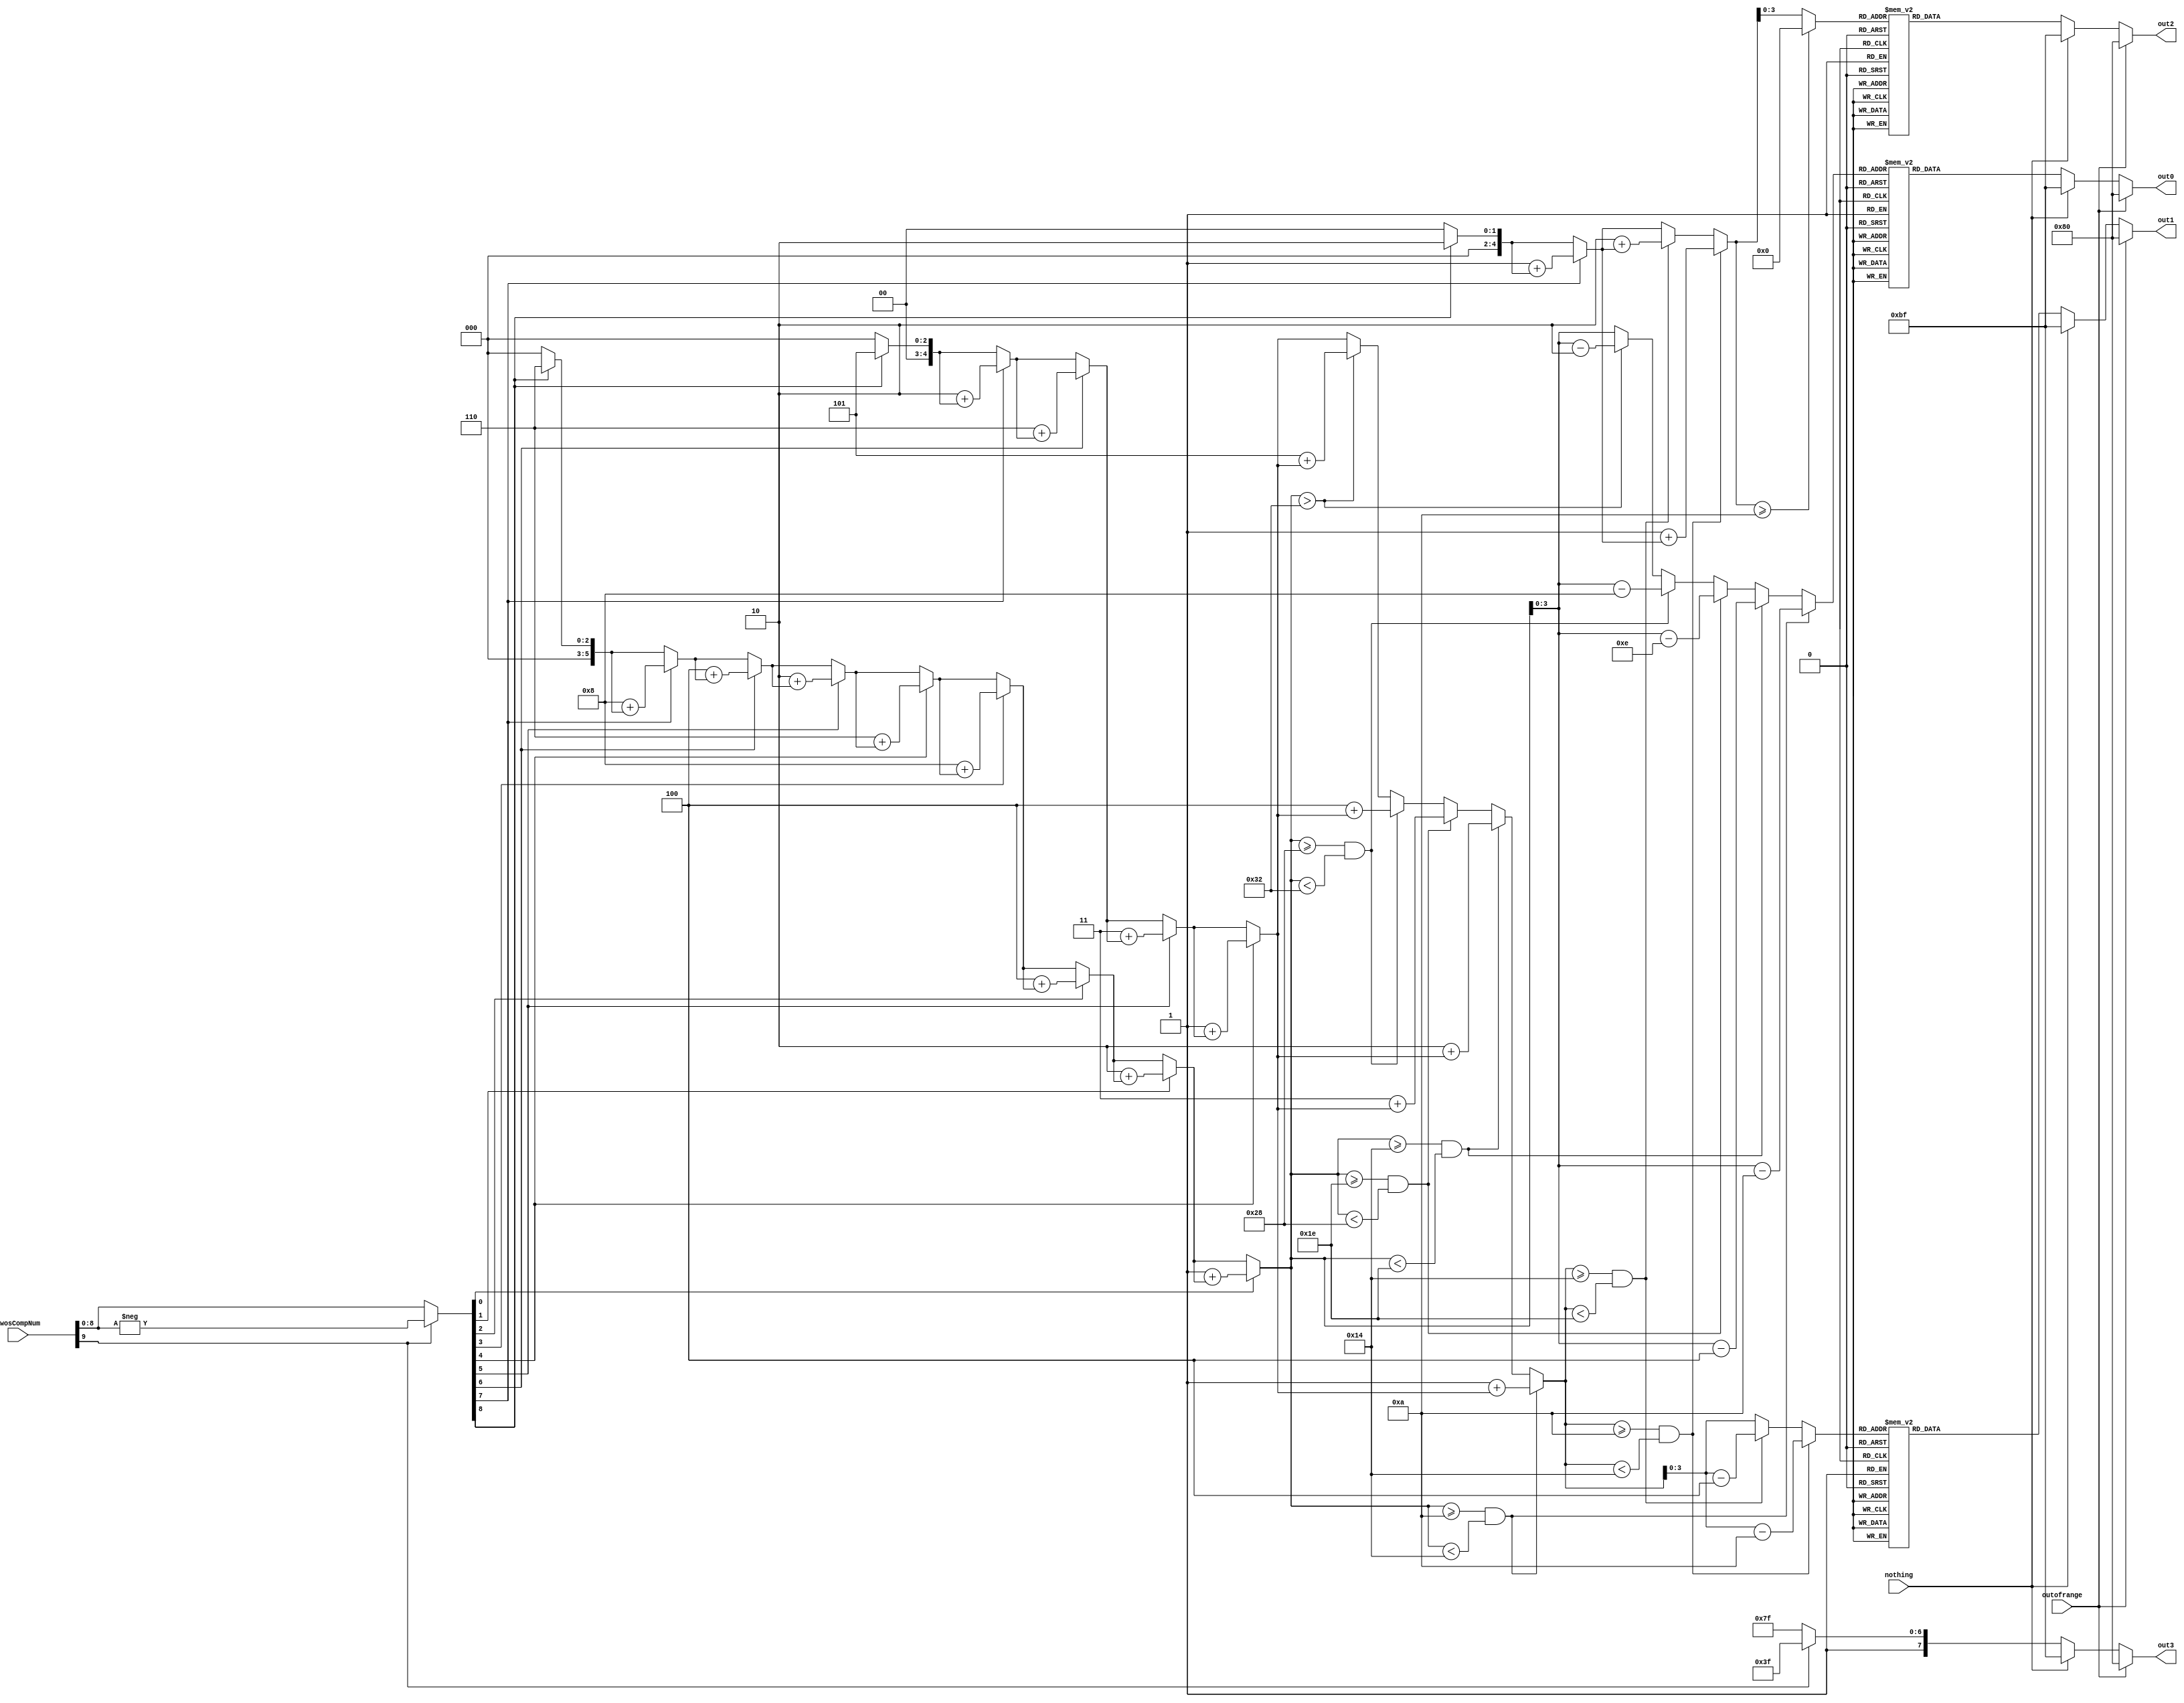
module BCDConverter(

	

	input						[9:0]	twosCompNum,
	input								nothing,
	input								outofrange,
	
	///////////////HEX/////////////////////
	output		     reg [7:0]		out0,
	output		     reg [7:0]		out1,
	output		     reg [7:0]		out2,
	output		     reg [7:0]		out3
);



//=======================================================
//  REG/WIRE declarations
//=======================================================
reg [4:0] hundreds; reg [3:0] hundreds2;
//reg [4:0] hundredsComp; // The negative digit, not needed, negative sign accounts for it
reg [4:0] tens; reg [3:0] tens2;
reg [5:0] ones; reg [3:0] ones2; // These are all 5 bits so as to be able to carry overflow
reg [9:0] twosCompNum2;

always @(*) begin
	out3 = 8'b10111111;
	out2 = 8'b10111111;
	out1 = 8'b10111111;
	out0 = 8'b10111111;
	hundreds = 5'b00000;
	tens = 5'b00000;
	ones = 5'b00000;
	twosCompNum2 = 10'b0000000000;
	
	if (twosCompNum[9] == 1'b1) begin //if 512 bit, make 2's complement of number. Otherwise, keep as is.
		out3 = 8'b10111111;
		twosCompNum2 = -twosCompNum;
	end else begin
		out3 = 8'b11111111;
		twosCompNum2 = twosCompNum;
	end

	#100
	if (twosCompNum2[8] == 1'b1) begin // If 256 bit, Add 2 to hundreds, 5 to tens, and 6 to ones
		hundreds = 5'b00010 + hundreds;
		tens = 5'b00101 + tens;
		ones = 6'b000110 + ones;
	end
	
	#100
	if (twosCompNum2[7] == 1'b1) begin // If 128 bit, add 1 to hundreds, 2 to tens, and 8 to ones
		hundreds = 5'b00001 + hundreds;
		tens = 5'b00010 + tens;
		ones = 6'b001000 + ones;
	end
	
	#100
	if (twosCompNum2[6] == 1'b1) begin // If 64 bit, add 6 to tens, and 4 to ones
		tens = 5'b00110 + tens;
		ones = 6'b000100 + ones;
	end
	#100
	if (twosCompNum2[5] == 1'b1) begin // If 32 bit, add 3 to tens, and 2 to ones
		tens = 5'b00011 + tens;
		ones  = 6'b000010 + ones;
	end
	#100
	if (twosCompNum2[4] == 1'b1) begin // if 16 bit, add 1 to tens, and 6 to ones
		tens = 5'b00001 + tens;
		ones = 6'b000110 + ones;
	end
	#100
	if (twosCompNum2[3] == 1'b1) begin // If 8 bit, add 8 to ones
		ones = 6'b001000 + ones;
	end
	#100
	if (twosCompNum2[2] == 1'b1) begin // If 4 bit, add 4 to ones
		ones = 6'b000100 + ones;
	end
	#100
	if (twosCompNum2[1] == 1'b1) begin // If 2 bit, add 2 to ones
		ones = 6'b000010 + ones;
	end
#100
	if (twosCompNum2[0] == 1'b1) begin // If 1 bit, add 1 to ones
		ones = 6'b000001 + ones;
	end


	if (ones >= 6'b001010 && ones < 6'b010100) begin // If ones >= 10 && < 20, add 1 to tens, and subtract 10 from ones
		tens = 5'b00001 + tens;
		ones = ones - 6'b001010;
		ones2 = ones[3:0];
	end else if (ones >= 6'b010100 && ones < 6'b011110) begin // If ones >= 20 && < 30, add 2 to tens and subtract 20 from ones
		tens = 5'b00010 + tens;
		ones = ones - 6'b010100;
		ones2 = ones[3:0];
	end else if (ones >= 6'b011110 && ones < 6'b101000) begin //If ones >= 30, && ones < 40, add 3 to tens and subtract 30 from ones
		tens = 5'b00011 + tens;
		ones = ones - 6'b011110;
		ones2 = ones[3:0];
	end else if (ones >= 6'b101000 && ones < 6'b110010) begin // If ones >= 40 && ones < 50, add 4 to tens and subract 40 from ones
		tens = 5'b00100 + tens;
		ones = ones - 6'b101000;
		ones2 = ones[3:0]; 
	end else if (ones > 6'b110010) begin // If ones >= 50, add 5 to tens and subtract 50 from ones
		tens = 5'b00101 + tens;
		ones = ones - 6'b110010;
		ones2 = ones[3:0]; // If there is no overflow, assign as normal
	end else begin
		ones2 = ones[3:0];
	end
	
#100
	if (tens >= 5'b01010 && tens < 5'b10100) begin // If tens >= 10 && tens < 20, add 1 to hundreds, and subtract 10 from tens
		hundreds = 5'b000001 + hundreds;
		tens = tens - 5'b01010;
		tens2 = tens[3:0];
	end else if (tens >= 5'b10100 && tens < 5'b11110) begin // If tens >= 20 && tens < 30, add 2 to hundreds and subtract 20 from tens
		hundreds = 5'b00010 + hundreds;
		tens = tens - 5'b10100;
		tens2 = tens[3:0];
	end else begin// If there is no overflow, assign as normal
		tens2 = tens[3:0];
	end
#100
	if (hundreds >= 5'b01010) begin // Will never get here (would mean hundreds >= 10, which would mean decimal 1000)
		hundreds2 = 4'b0000; // this should make it clear something is wrong
	end else begin
		hundreds2 = hundreds[3:0]; // If there is no overflow, assign as normal
	end

#100

		case (hundreds2)
			4'b0000 : out2 = 8'b11000000;
			4'b0001 : out2 = 8'b11111001;
			4'b0010 : out2 = 8'b10100100;
			4'b0011 : out2 = 8'b10110000;
			4'b0100 : out2 = 8'b10011001;
			4'b0101 : out2 = 8'b10010010;
			4'b0110 : out2 = 8'b10000010;
			4'b0111 : out2 = 8'b11111000;
			4'b1000 : out2 = 8'b10000000;
			4'b1001 : out2 = 8'b10011000;
			4'b1010 : out2 = 8'b10001000;
			default : out2 = 8'b00000000;
		endcase

		case (tens2)
			4'b0000 : out1 = 8'b11000000;
			4'b0001 : out1 = 8'b11111001;
			4'b0010 : out1 = 8'b10100100;
			4'b0011 : out1 = 8'b10110000;
			4'b0100 : out1 = 8'b10011001;
			4'b0101 : out1 = 8'b10010010;
			4'b0110 : out1 = 8'b10000010;
			4'b0111 : out1 = 8'b11111000;
			4'b1000 : out1 = 8'b10000000;
			4'b1001 : out1 = 8'b10011000;
			4'b1010 : out1 = 8'b10001000;
			default : out1 = 8'b00000000;
		endcase

		case (ones2)
			4'b0000 : out0 = 8'b11000000;
			4'b0001 : out0 = 8'b11111001;
			4'b0010 : out0 = 8'b10100100;
			4'b0011 : out0 = 8'b10110000;
			4'b0100 : out0 = 8'b10011001;
			4'b0101 : out0 = 8'b10010010;
			4'b0110 : out0 = 8'b10000010;
			4'b0111 : out0 = 8'b11111000;
			4'b1000 : out0 = 8'b10000000;
			4'b1001 : out0 = 8'b10011000;
			4'b1010 : out0 = 8'b10001000;
			default : out0 = 8'b00000000;
		endcase

	
	if (nothing == 1'b1) begin // If nothing signal is high, put dashes on all 4 displays
		out3 = 8'b10111111;
		out2 = 8'b10111111;
		out1 = 8'b10111111;
		out0 = 8'b10111111;
	end
	
	if (outofrange == 1'b1) begin // If out of range, set all digits to 8
		out3 = 8'b10000000;
		out2 = 8'b10000000;
		out1 = 8'b10000000;
		out0 = 8'b10000000;
	end
	
	
end


//=======================================================
//  Structural coding
//=======================================================



endmodule